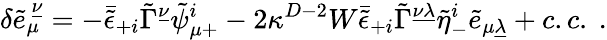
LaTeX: \delta{\tilde{e}}_{\mu}^{\ \underline{{\nu}}}=-\bar{\tilde{\epsilon}}_{+i}\tilde{\Gamma}^{\underline{{\nu}}}\tilde{\psi}_{\mu+}^{i}-2\kappa^{D-2}W\bar{\tilde{\epsilon}}_{+i}\tilde{\Gamma}^{\underline{{{\nu\lambda}}}}\tilde{\eta}_{-}^{i}\tilde{e}_{\mu\underline{{\lambda}}}+c.c.\ .